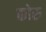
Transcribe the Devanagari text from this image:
कोरु